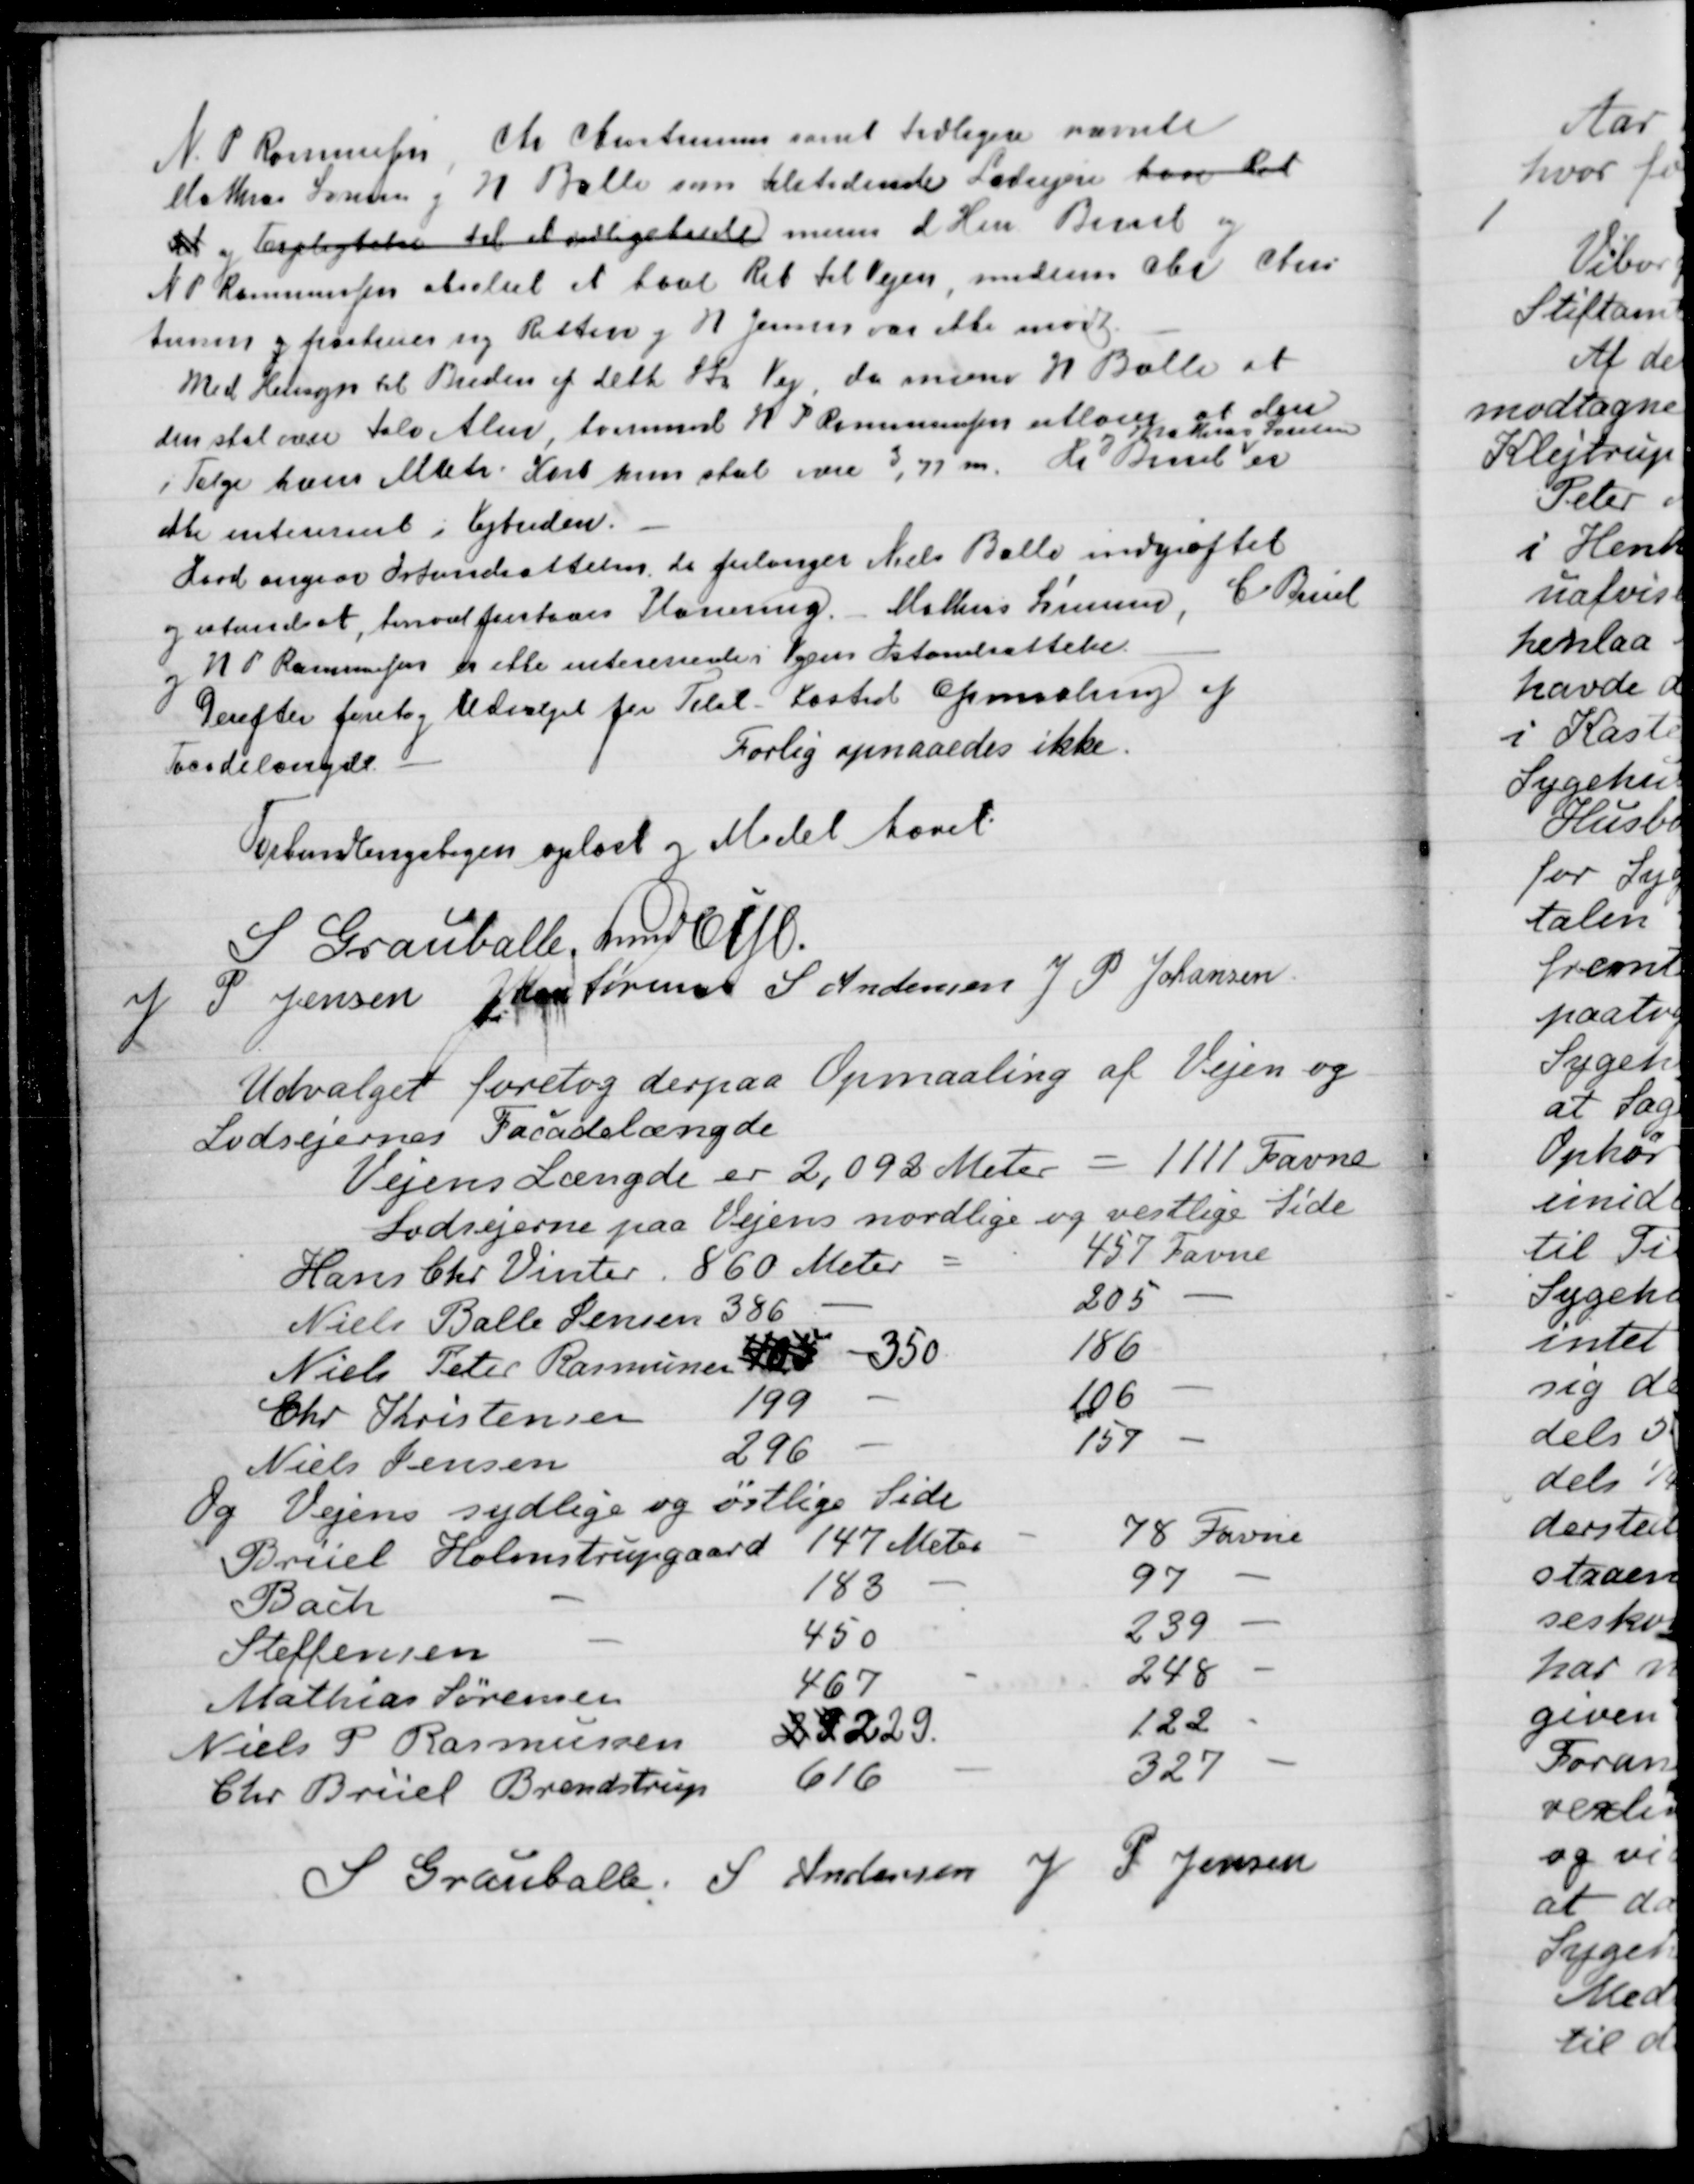
Transskription:
N. P Rasmusen, Chr Christensen samt tidligere nævnte
Mathias Jensen og H Balle som tilstødende Lodsejere have ret
dt i Forpligtelse til at vedligeledede mener d. Herr Brüel og
N. P Rasmussen Absolut at have Ret til Vejen, medens Ole Chri-
tensen og fraskriver sig Retten og N. Jensen var ikke mødt.
Med Hensyn til Breden af dette Stk. Vej, da mener H Balle at
den skal være tolv Alen,  landmand H. P. Rasmussen udtaler at den
i Følge hans Matr Kort kun skal være 3,77 m. Hr. Brüel
og Mathias Sørensen
er
ikke interesseret i Vejbreden
Hvad angaar Istandsættelser da forlanger Niels Balle indgrøftet
og istandsat at hvorved forstaaes Planering. Mathias Sørensen, C. Brüel
og H. P Rasmussen er ikke interesserede i Vejens Istandsættelse.
Derefter foretog Udvalget for Tilst-Kasted Opmaaling af
Taasdelængde.
Forlig opnaaedes ikke.
Behandlingsbogen oplæst og Mødet hævet
S Grauballe
Lundbye
J P. Jensen
J Kaae Sørensen
S Andersen
J P Johansen

Udvalget foretog derpaa Opmaaling af Vejen og
Lodsejernes Facadelængde
Vejens Længde er 2,092 Meter
1111 Favne
Lodsejerne paa Vejens nordlige og vestlige Side
Hans Chr. Vinter.
860 Meter
457 Favne
Niels Balle Jensen
386
205
Niels Peter Rasmussen
350
186
Chr Kristensen
199
106
Niels Jensen
296
157
Og Vejens sydlige og østlige Side
Brüel Holmstrupgaard
147 Meter
78 Favne
Bach
183
97
Steffensen
450
239
Mathias Sørensen
467
248
Niels P Rasmussen
24 229
122
Chr. Brüel Brendstrup
616
327
S Grauballe
S Andensen
J P. Jensen